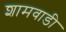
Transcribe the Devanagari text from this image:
शामवाडी